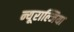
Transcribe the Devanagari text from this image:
न्यूराल्जिया